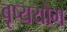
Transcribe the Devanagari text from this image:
बृष्ययोग